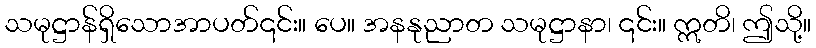
သမုဋ္ဌာန်ရှိသောအာပတ်၎င်း။ ပေ။ အနနုညာတ သမုဋ္ဌာနာ၊ ၎င်း။ ဣတိ၊ ဤသို့။